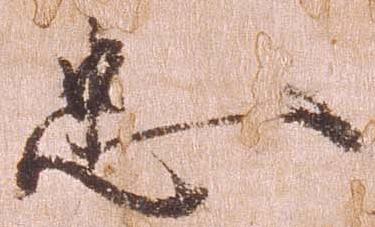
忠